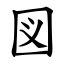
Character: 図